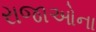
રાજાઓના